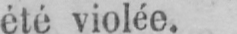
été violée.